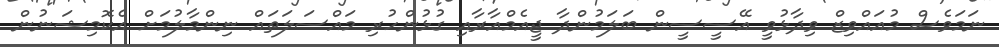
ނަމަވެސް މުއައްވިޒް ވިދާޅުވީ އޭސީސީން ބަލަމުންދާ ޖީއެމްއާރާއި ގުޅުންހުރި މައްސަލަތައް ނިންމާލުމަށް އެކޮމިޝަނުން